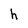
Character: h